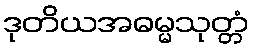
ဒုတိယအဓမ္မသုတ္တံ